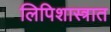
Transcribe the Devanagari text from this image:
लिपिशास्त्रात